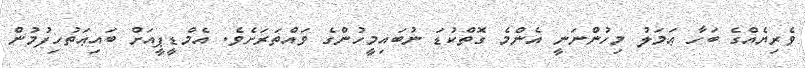
ވެރިޔެއްގެ ބަހާ ޢަމަލު މިހުންނަނީ އެންމެ ގޮތްކުޑަ ނުބައިމީހުންގެ ވައްތަރަށެވެ. އެމްޑީޕީއަށް ބައިޢަތުހިފުމުން